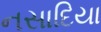
નસાદિયા